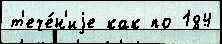
т'ече́н'иjе как по 184